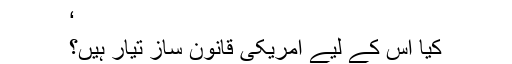
‘
کیا اس کے لیے امریکی قانون ساز تیار ہیں؟